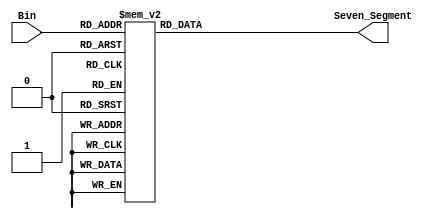
`timescale 1ns / 1ps

module Bin_7Segment(
    input [3:0] Bin,
    output reg [7:0] Seven_Segment
    );
    always@ *
        case(Bin)
        4'b0000: Seven_Segment = 8'hC0; //0
        4'b0001: Seven_Segment = 8'hF9; //1
        4'b0010: Seven_Segment = 8'hA4; //2
        4'b0011: Seven_Segment = 8'hB0; //3
        4'b0100: Seven_Segment = 8'h99; //4
        4'b0101: Seven_Segment = 8'h92; //5
        4'b0110: Seven_Segment = 8'h82; //6
        4'b0111: Seven_Segment = 8'hF8; //7
        4'b1000: Seven_Segment = 8'h80; //8
        4'b1001: Seven_Segment = 8'h98; //9
        4'b1010: Seven_Segment = 8'h88; //10
        4'b1011: Seven_Segment = 8'h83; //11
        4'b1100: Seven_Segment = 8'hC6; //12
        4'b1101: Seven_Segment = 8'hA1; //13
        4'b1110: Seven_Segment = 8'h86; //14
        4'b1111: Seven_Segment = 8'h8E; //15
        default: Seven_Segment = 8'hC0;
        endcase
endmodule